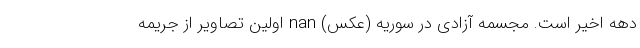
دهه اخیر است. مجسمه آزادی در سوریه (عکس) nan اولین تصاویر از جریمه